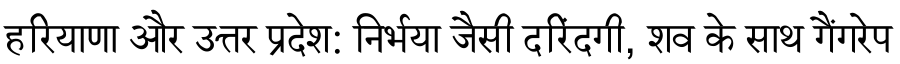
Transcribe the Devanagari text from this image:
हरियाणा और उत्तर प्रदेश: निर्भया जैसी दरिंदगी, शव के साथ गैंगरेप